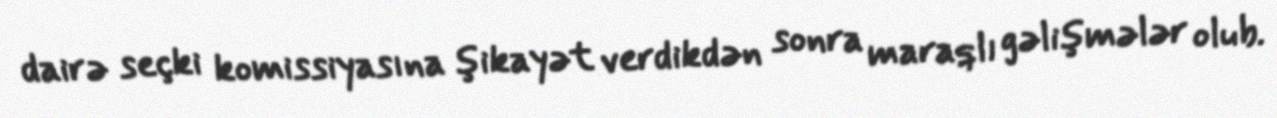
dairə seçki komissiyasına şikayət verdikdən sonra maraqlı gəlişmələr olub.